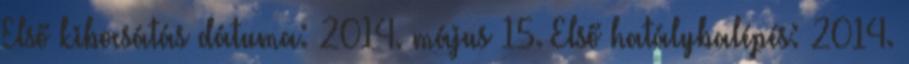
Első kibocsátás dátuma: 2014. május 15. Első hatálybalépés: 2014.